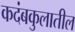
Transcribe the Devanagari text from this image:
कदंबकुलातील